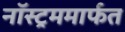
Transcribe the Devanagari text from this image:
नॉस्ट्रममार्फत